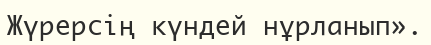
Жүрерсің күндей нұрланып».